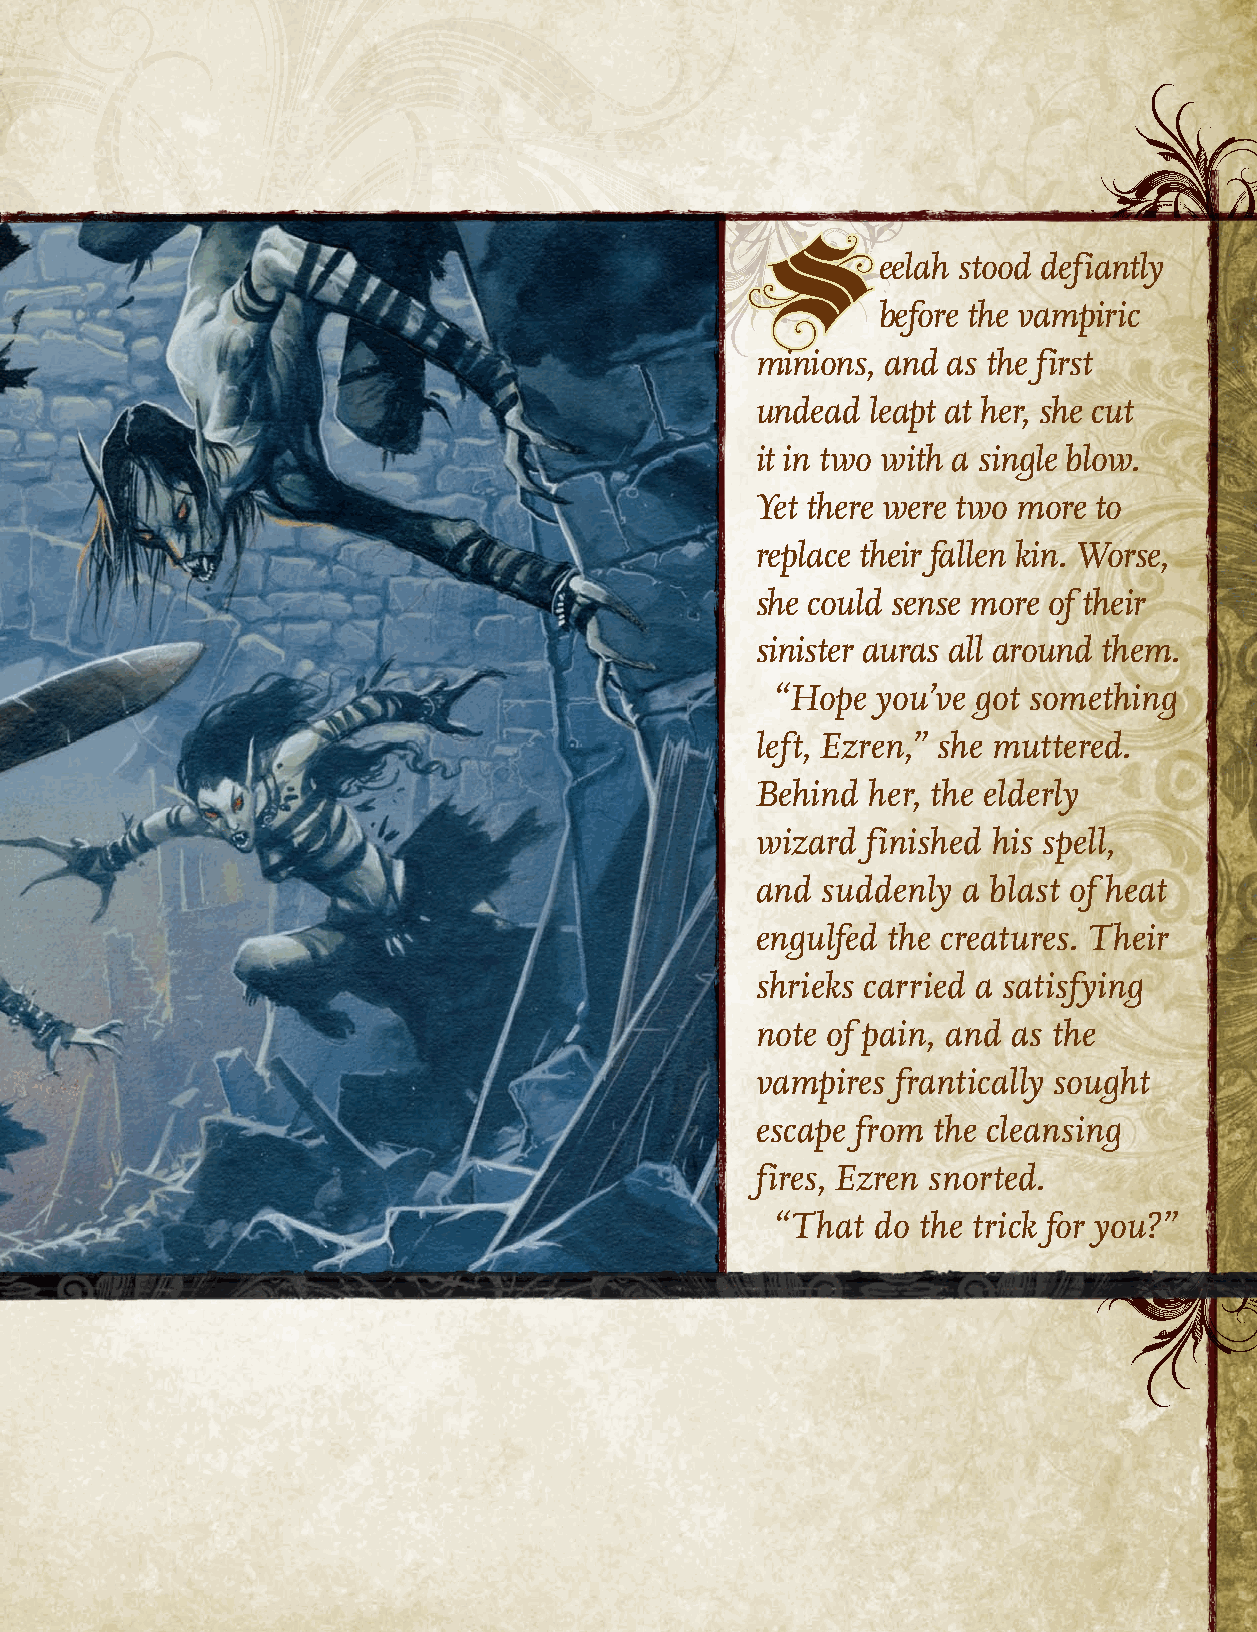
eelah stood defiantly
 S
 before the vampiric
 minions, and as the first
 undead leapt at her, she cut
 it in two with a single blow.
 Yet there were two more to
 replace their fallen kin. Worse,
 she could sense more of their
 sinister auras all around them.
 “Hope  you’ve got something
 left, Ezren,” she muttered.
 Behind her, the elderly
 wizard finished his spell,
 and suddenly  a blast of heat
 engulfed the creatures. Their
 shrieks carried a satisfying
 note of pain, and as the
 vampires frantically sought
 escape from the cleansing
 fires, Ezren snorted.
 “That  do the trick for you?”